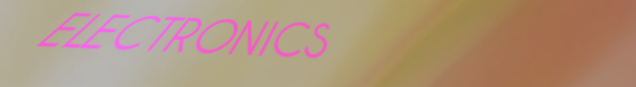
ELECTRONICS